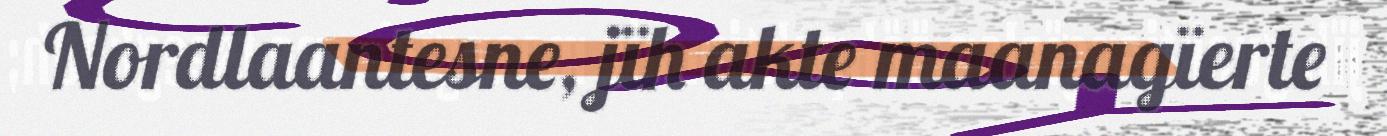
Nordlaantesne, jïh akte maanagïerte